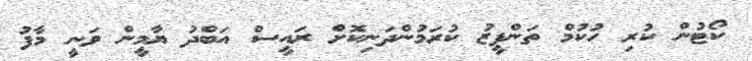
ކޯޓުން ކުރި ހުކުމް ތަންފީޒު ކުރަމުންދަނިކޮށް ރައީސް އަބްދު ޔާމީން ވަނީ މާފު